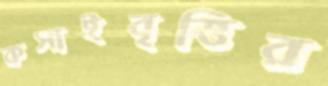
কসাইবৃত্তির